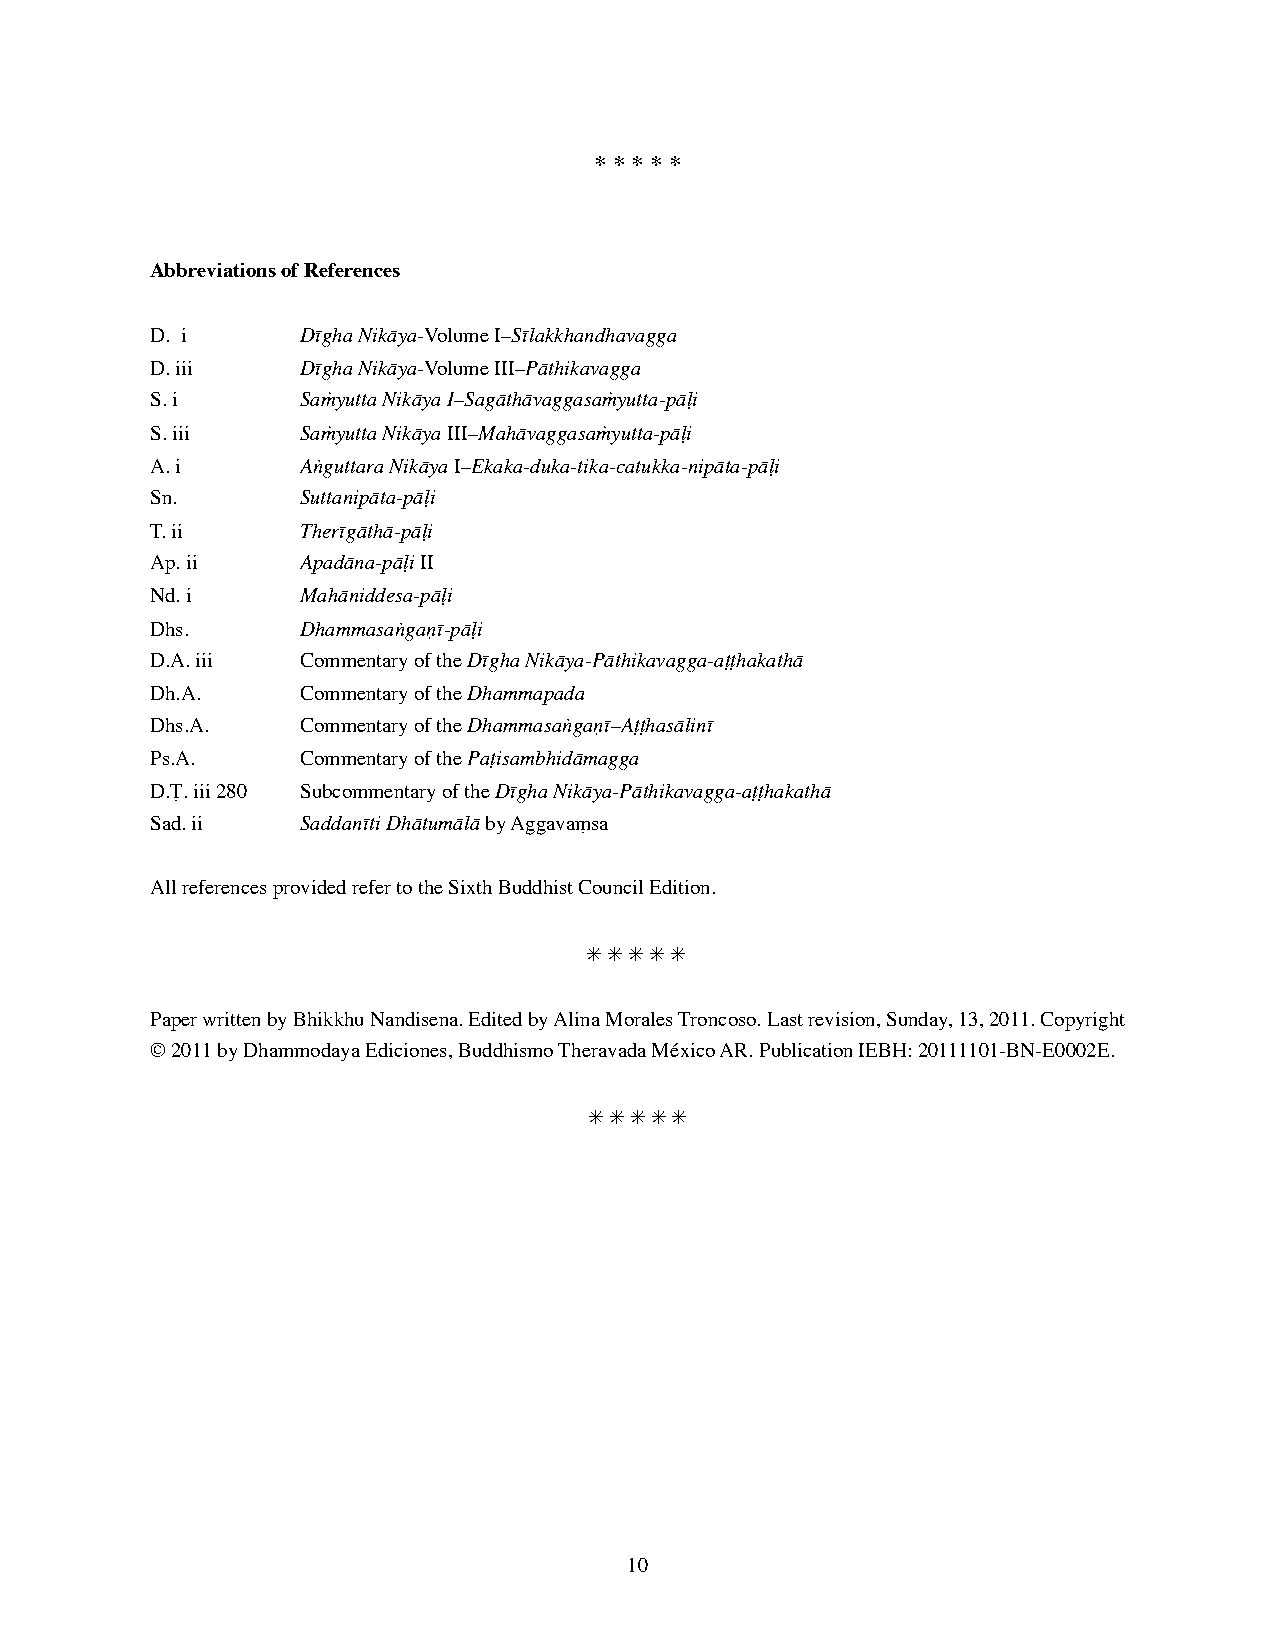
* * * * *
 Abbreviations of References
 D. i      Dīgha Nikāya-Volume I–Sīlakkhandhavagga
 D. iii    Dīgha Nikāya-Volume III–Pāthikavagga
 S. i      Saṁyutta Nikāya I–Sagāthāvaggasaṁyutta-pāḷi
 S. iii    Saṁyutta Nikāya III–Mahāvaggasaṁyutta-pāḷi
 A. i      Aṅguttara Nikāya I–Ekaka-duka-tika-catukka-nipāta-pāḷi
 Sn.       Suttanipāta-pāḷi
 T. ii     Therīgāthā-pāḷi
 Ap. ii    Apadāna-pāḷi II
 Nd. i     Mahāniddesa-pāḷi
 Dhs.      Dhammasaṅgaṇī-pāḷi
 D.A. iii  Commentary of the Dīgha Nikāya-Pāthikavagga-aṭṭhakathā
 Dh.A.     Commentary of the Dhammapada
 Dhs.A.    Commentary of the Dhammasaṅgaṇī–Aṭṭhasālinī
 Ps.A.     Commentary of the Paṭisambhidāmagga
 D.Ṭ. iii 280 Subcommentary of the Dīgha Nikāya-Pāthikavagga-aṭṭhakathā
 Sad. ii   Saddanīti Dhātumālā by Aggavaṃsa
 All references provided refer to the Sixth Buddhist Council Edition.
 ✳ ✳ ✳ ✳ ✳
 Paper written by Bhikkhu Nandisena. Edited by Alina Morales Troncoso. Last revision, Sunday, 13, 2011. Copyright
 © 2011 by Dhammodaya Ediciones, Buddhismo Theravada México AR. Publication IEBH: 20111101-BN-E0002E.
 ✳ ✳ ✳ ✳ ✳
 10